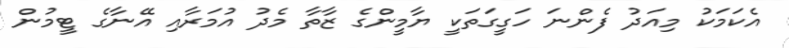
އެކަމަކު މިއަދު ފެންނަ ހަގީގަތަކީ ޔާމީންގެ ޒާތާ މެދު އުމަރާއި އޭނާގެ ޓީމުން